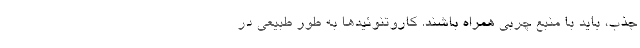
جذب، باید با منبع چربی همراه باشند. کاروتنوئیدها به‌ طور طبیعی در